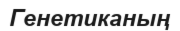
Генетиканың